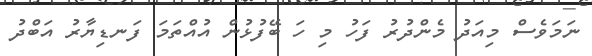
ނަމަވެސް މިއަދު މެންދުރު ފަހު މި ހަ ބޭފުޅުން އުއްތަމަ ފަނޑިޔާރު އަބްދު